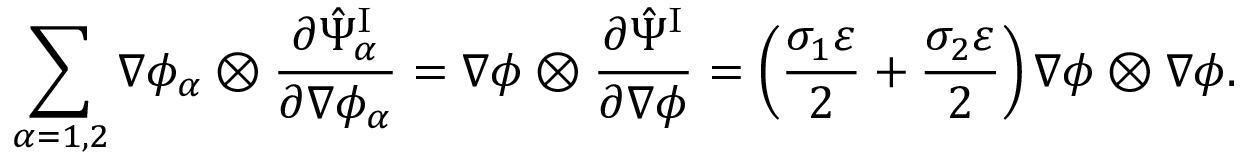
\begin{array} { r } { \displaystyle \sum _ { \alpha = 1 , 2 } \nabla \phi _ { \alpha } \otimes \frac { \partial \hat { \Psi } _ { \alpha } ^ { \mathrm { I } } } { \partial \nabla \phi _ { \alpha } } = \nabla \phi \otimes \frac { \partial \hat { \Psi } ^ { \mathrm { I } } } { \partial \nabla \phi } = \left( \frac { \sigma _ { 1 } \varepsilon } { 2 } + \frac { \sigma _ { 2 } \varepsilon } { 2 } \right) \nabla \phi \otimes \nabla \phi . } \end{array}